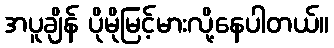
အပူချိန် ပိုမိုမြင့်မားလို့နေပါတယ်။